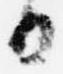
日